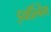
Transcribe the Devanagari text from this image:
इवॉल्विंग